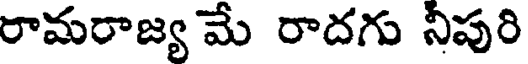
రామరాజ్య మే రాదగు నీపురి